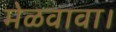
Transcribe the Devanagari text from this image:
मेळवावा।